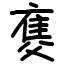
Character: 𤕚